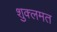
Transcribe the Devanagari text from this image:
शुक्लमत